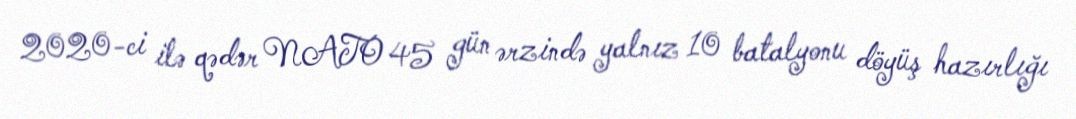
2020-ci ilə qədər NATO 45 gün ərzində yalnız 10 batalyonu döyüş hazırlığı